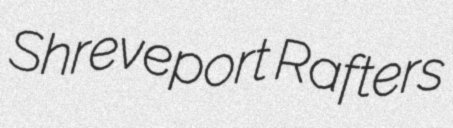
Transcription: Shreveport Rafters